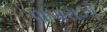
પાપારાઝી